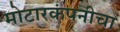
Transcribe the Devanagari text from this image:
मोटारकंपनीचा